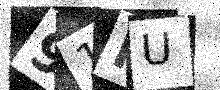
Text: 91KU